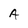
Character: A